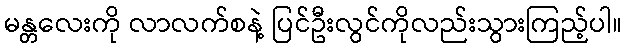
မန္တလေးကို လာလက်စနဲ့ ပြင်ဦးလွင်ကိုလည်းသွားကြည့်ပါ။